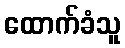
ထောက်ခံသူ